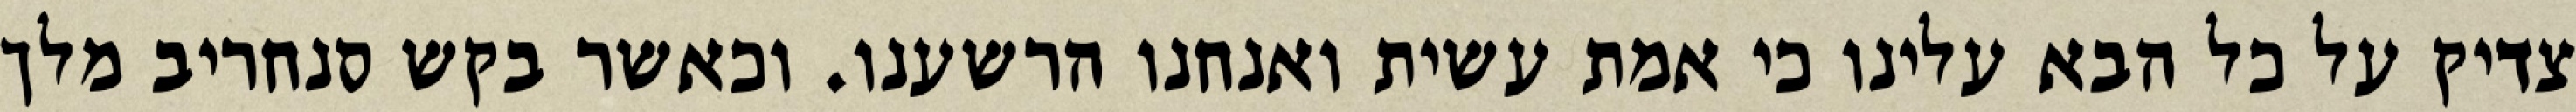
צדיק על כל הבא עלינו כי אמת עשית ואנחנו הרשענו. וכאשר בקש סנחריב מלך